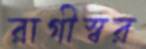
রাগীস্বর